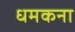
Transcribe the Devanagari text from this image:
धमकना